Annual statistical returns and brief notes on vaccination in Bengal - 1887-1898
Year: 1887
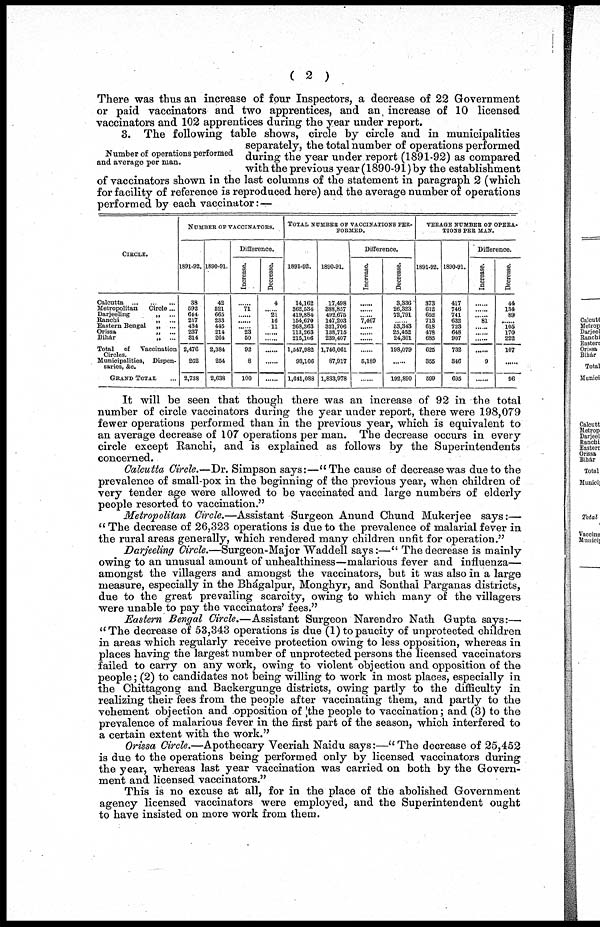
( 2 )
There was thus an increase of four Inspectors, a decrease of 22 Government
or paid vaccinators and two apprentices, and an increase of 10 licensed
vaccinators and 102 apprentices during the year under report.
Number of operations performed
and average per man.
3. The following table shows, circle by circle and in municipalities
separately, the total number of operations performed
during the year under report (1891-92) as compared
with the previous year (1890-91) by the establishment
of vaccinators shown in the last columns of the statement in paragraph 2 (which
for facility of reference is reproduced here) and the average number of operations
performed by each vaccinator:—
CIRCLE.
Calcutta
...
...
...
Metropolitan
Circle ...
Darjeeling
„ ...
Ranchi
„ ...
Eastern Bengal
„ ...
Orissa
„ ...
Bihar
„ ...
Total
of
Vaccination
Circles.
Municipalities,
Dispen-
saries, &c.
GRAND TOTAL ...
NUMBER OF VACCINATORS.
1891-92.
38
592
644
217
434
237
314
2,476
262
2,738
1890-91.
42
521
665
233
445
214
264
2,384
254
2,638
Difference.
Increase.
......
71
...... ......
...... 23
50
92
8
100
Decrease.
4
...... 21
16
11
...... ......
......
......
......
TOTAL NUMBER OF VACCINATIONS PER¬
FORMED.
1891-92.
14,162
362,534
419, 884
154,670
268,363
113,263
215,106
1,547,982
93,106
1,641,088
1890-91.
17,498
388,857
492,675
147,203
321,706
138,715
239,407
1,746,061
87,917
1,833,978
Difference.
Increase.
......
......
...... 7,467
......
...... ......
......
5,189
......
Decrease.
3,336
26,323
72,791
...... 53,343
25,452
24,301
198,079
......
192,890
VERAGE NUMBER OF OPERA¬
TIONS PER MAN.
1891-92.
373
612
652
713
618
478
685
625
355
599
1890-91.
417
746
741
632
723
648
907
732
346
695
Difference.
Increase.
......
......
...... 81
......
...... ......
......
9
......
Decrease.
44
134
89
...... 105
170
222
107
......
96
It will be seen that though there was an increase of 92 in the total
number of circle vaccinators during the year under report, there were 198,079
fewer operations performed than in the previous year, which is equivalent to
an average decrease of 107 operations per man. The decrease occurs in every
circle except Ranchi, and is explained as follows by the Superintendents
concerned.
Calcutta Circle.—Dr. Simpson says:—" The cause of decrease was due to the
prevalence of small-pox in the beginning of the previous year, when children of
very tender age were allowed to be vaccinated and large numbers of elderly
people resorted to vaccination."
Metropolitan Circle.—Assistant Surgeon Anund Chund Mukerjee says:—
" The decrease of 26,323 operations is due to the prevalence of malarial fever in
the rural areas generally, which rendered many children unfit for operation."
Darjeeling Circle.—Surgeon-Major Waddell says:—" The decrease is mainly
owing to an unusual amount of unhealthiness—malarious fever and influenza—
amongst the villagers and amongst the vaccinators, but it was also in a large
measure, especially in the Bhágalpur, Monghyr, and Sonthal Parganas districts,
due to the great prevailing scarcity, owing to which many of the villagers
were unable to pay the vaccinators' fees."
Eastern Bengal Circle.—Assistant Surgeon Narendro Nath Gupta says:—
"The decrease of 53,343 operations is due (1) to paucity of unprotected children
in areas which regularly receive protection owing to less opposition, whereas in
places having the largest number of unprotected persons the licensed vaccinators
failed to carry on any work, owing to violent objection and opposition of the
people; (2) to candidates not being willing to work in most places, especially in
the Chittagong and Backergunge districts, owing partly to the difficulty in
realizing their fees from the people after vaccinating them, and partly to the
vehement objection and opposition of the people to vaccination; and (3) to the
prevalence of malarious fever in the first part of the season, which interfered to
a certain extent with the work."
Orissa Circle.—Apothecary Veeriah Naidu says:—"The decrease of 25,452
is due to the operations being performed only by licensed vaccinators during
the year, whereas last year vaccination was carried on both by the Govern-
ment and licensed vaccinators."
This is no excuse at all, for in the place of the abolished Government
agency licensed vaccinators were employed, and the Superintendent ought
to have insisted on more work from them.